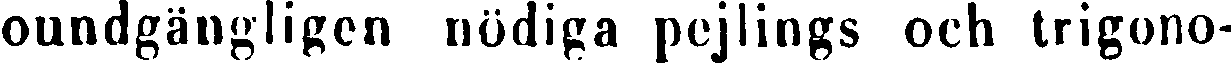
oundgängligen nödiga pejlings och trigono-